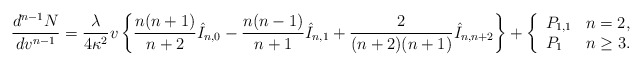
\begin{align*} \frac{d^{n-1}N}{dv^{n-1}}=\frac{\lambda}{4\kappa^2}v\left\{\frac{n(n+1)}{n+2}\hat{I}_{n,0}-\frac{n(n-1)}{n+1}\hat{I}_{n,1}+\frac{2}{(n+2)(n+1)}\hat{I}_{n,n+2}\right\}+\left\{ \begin{array}{ll} P_{1,1} & n=2,\\ P_1 & n\geq 3. \end{array}\right.\end{align*}